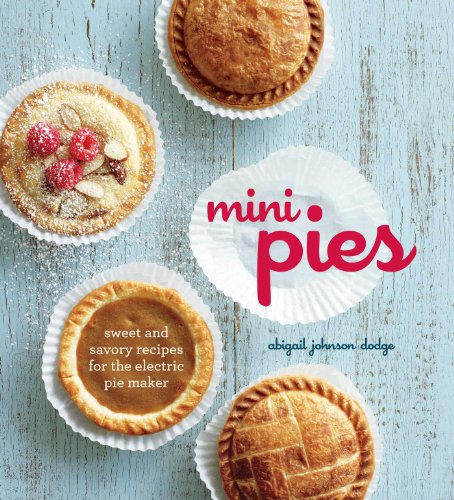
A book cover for Mini Pies: Sweet and Savory Recipes for the Electric Pie Maker; Abigail Johnson Dodge; Cookbooks, Food & Wine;